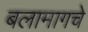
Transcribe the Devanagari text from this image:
बलामागचे